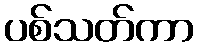
ပစ်သတ်ကာ